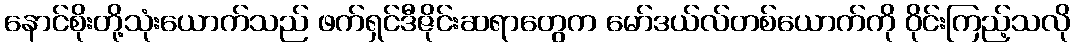
နောင်စိုးတို့သုံးယောက်သည် ဖက်ရှင်ဒီဇိုင်းဆရာတွေက မော်ဒယ်လ်တစ်ယောက်ကို ဝိုင်းကြည့်သလို